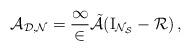
LaTeX: \begin{align*}\cal A_{D,N} = \frac12\tilde{\cal A} ({\rm I}_{N_{S}} - \cal R ) \,,\end{align*}